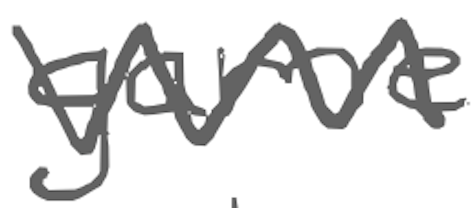
Text: game
Cross-out: zig-zag
Writing tool: digital_gray